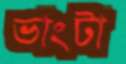
ভাংটা